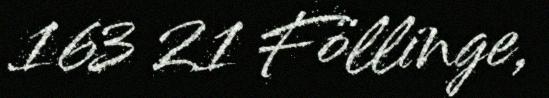
163 21 Föllinge,